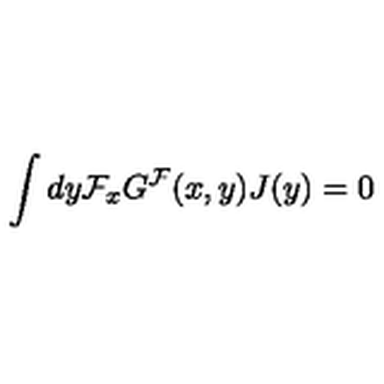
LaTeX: \int d y { \cal F } _ { x } G ^ { \cal F } ( x , y ) J ( y ) = 0